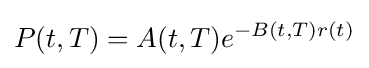
P(t,T)=A(t,T)e^{-B(t,T)r(t)}